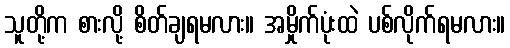
သူတို့က စားလို့ စိတ်ချရမလား။ အမှိုက်ပုံးထဲ ပစ်လိုက်ရမလား။